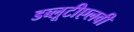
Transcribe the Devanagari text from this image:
डब्लूटीएलवी